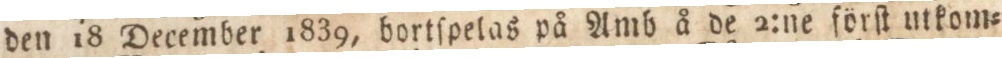
den 18 December 1839, bortſpelas på Amb å de 2:ne förſt utkom=